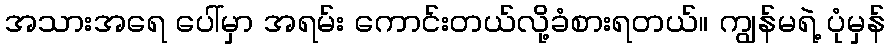
အသားအရေ ပေါ်မှာ အရမ်း ကောင်းတယ်လို့ခံစားရတယ်။ ကျွန်မရဲ့ ပုံမှန်